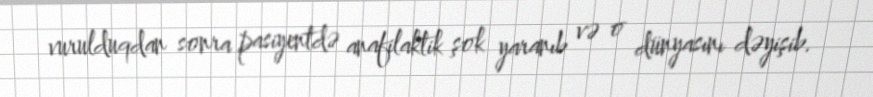
vurulduqdan sonra pasiyentdə anafilaktik şok yaranıb və o dünyasını dəyişib.